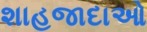
શાહજાદાઓ